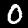
Digit: 0